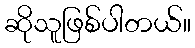
ဆိုသူဖြစ်ပါတယ်။